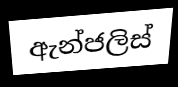
ඇන්ජලිස්